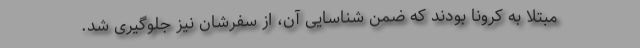
مبتلا به کرونا بودند که ضمن شناسایی آن، از سفرشان نیز جلوگیری شد.